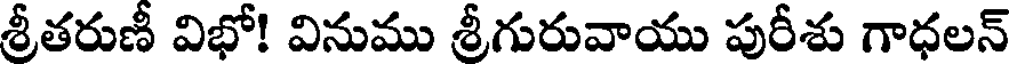
శ్రీతరుణీ విభో! వినుము శ్రీగురువాయు పురీశు గాధలన్